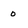
Character: 0